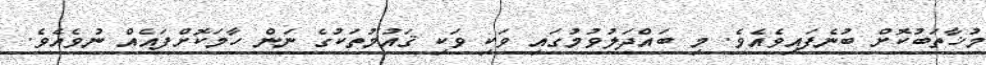
މުޚާތަބުކޮށް ބުނެފައިވެއެވެ. މި ބައްދަލުވުމުގައި ވަކި ވަކި ޤައުމުތަކުގެ ނަން ހާމަކޮށްފައެއް ނުވެއެވެ.